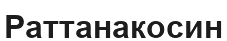
Раттанакосин